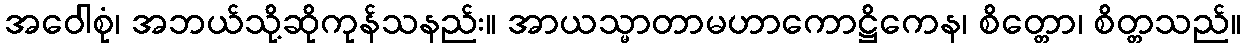
အဝေါစုံ၊ အဘယ်သို့ဆိုကုန်သနည်း။ အာယသ္မာတာမဟာကောဋ္ဌိကေန၊ စိတ္တော၊ စိတ္တသည်။